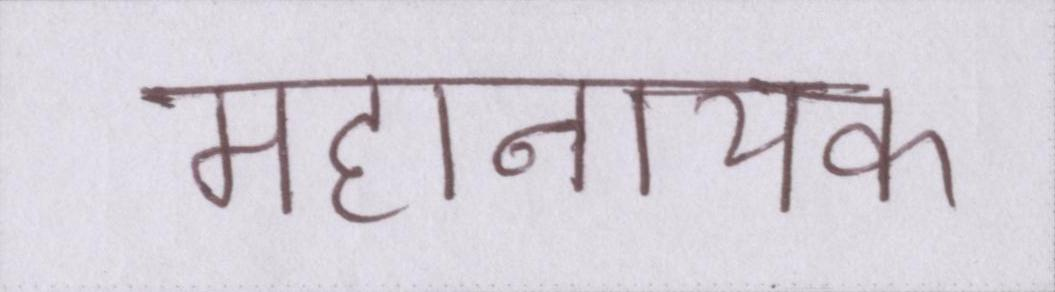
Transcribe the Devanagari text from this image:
महानायक